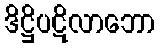
ဒိဋ္ဌိပဋိလာဘော